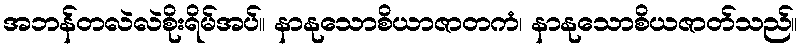
အဘန်တလဲလဲစိုးရိမ်အပ်။ နာနုသောစိယာဇာတကံ၊ နာနုသောစိယဇာတ်သည်။